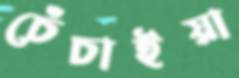
চেঁচাইয়া